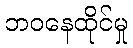
ဘဝနေထိုင်မှု